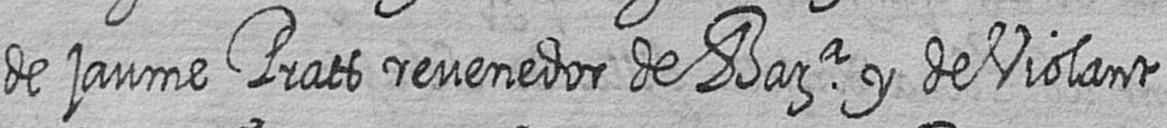
de jaume Prats revenedor de Bara y de Violant